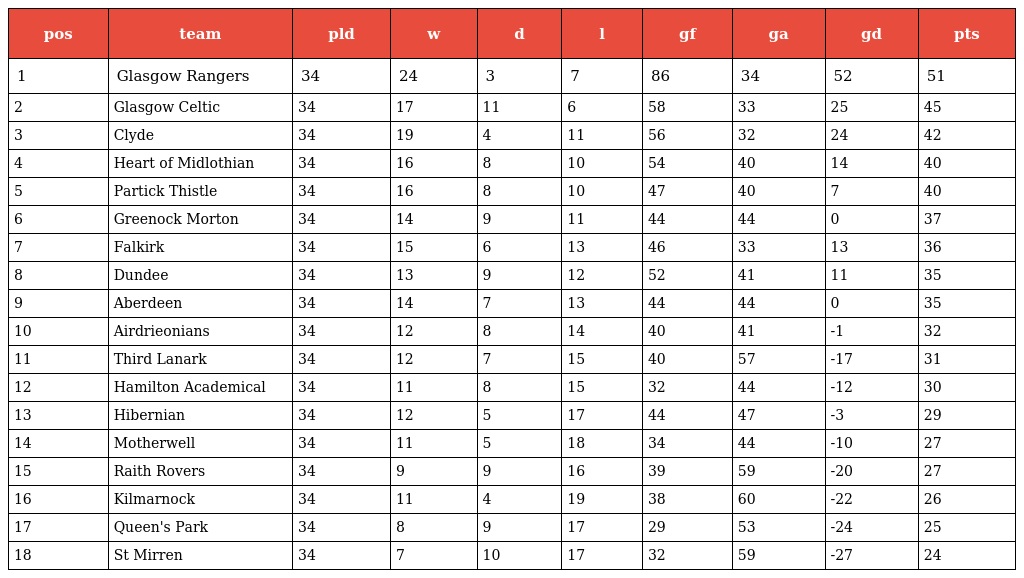
| pos | team | pld | w | d | l | gf | ga | gd | pts |
 | --- | --- | --- | --- | --- | --- | --- | --- | --- | --- |
 | 1 | Glasgow Rangers | 34 | 24 | 3 | 7 | 86 | 34 | 52 | 51 |
 | 2 | Glasgow Celtic | 34 | 17 | 11 | 6 | 58 | 33 | 25 | 45 |
 | 3 | Clyde | 34 | 19 | 4 | 11 | 56 | 32 | 24 | 42 |
 | 4 | Heart of Midlothian | 34 | 16 | 8 | 10 | 54 | 40 | 14 | 40 |
 | 5 | Partick Thistle | 34 | 16 | 8 | 10 | 47 | 40 | 7 | 40 |
 | 6 | Greenock Morton | 34 | 14 | 9 | 11 | 44 | 44 | 0 | 37 |
 | 7 | Falkirk | 34 | 15 | 6 | 13 | 46 | 33 | 13 | 36 |
 | 8 | Dundee | 34 | 13 | 9 | 12 | 52 | 41 | 11 | 35 |
 | 9 | Aberdeen | 34 | 14 | 7 | 13 | 44 | 44 | 0 | 35 |
 | 10 | Airdrieonians | 34 | 12 | 8 | 14 | 40 | 41 | -1 | 32 |
 | 11 | Third Lanark | 34 | 12 | 7 | 15 | 40 | 57 | -17 | 31 |
 | 12 | Hamilton Academical | 34 | 11 | 8 | 15 | 32 | 44 | -12 | 30 |
 | 13 | Hibernian | 34 | 12 | 5 | 17 | 44 | 47 | -3 | 29 |
 | 14 | Motherwell | 34 | 11 | 5 | 18 | 34 | 44 | -10 | 27 |
 | 15 | Raith Rovers | 34 | 9 | 9 | 16 | 39 | 59 | -20 | 27 |
 | 16 | Kilmarnock | 34 | 11 | 4 | 19 | 38 | 60 | -22 | 26 |
 | 17 | Queen's Park | 34 | 8 | 9 | 17 | 29 | 53 | -24 | 25 |
 | 18 | St Mirren | 34 | 7 | 10 | 17 | 32 | 59 | -27 | 24 |